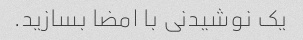
یک نوشیدنی با امضا بسازید.